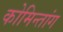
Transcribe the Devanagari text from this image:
कोमिन्तांग